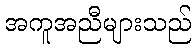
အကူအညီများသည်